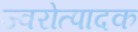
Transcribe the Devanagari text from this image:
ज्वरोत्पादक